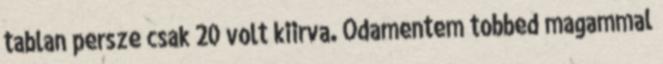
tablan persze csak 20 volt kiirva. Odamentem tobbed magammal